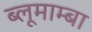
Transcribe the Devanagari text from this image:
ब्लूमाम्बा